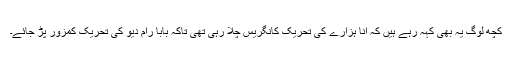
کچھ لوگ یہ بھی کہہ رہے ہیں کہ انا ہزارے کی تحریک کانگریس چلا رہی تھی تاکہ بابا رام دیو کی تحریک کمزور پڑ جائے۔